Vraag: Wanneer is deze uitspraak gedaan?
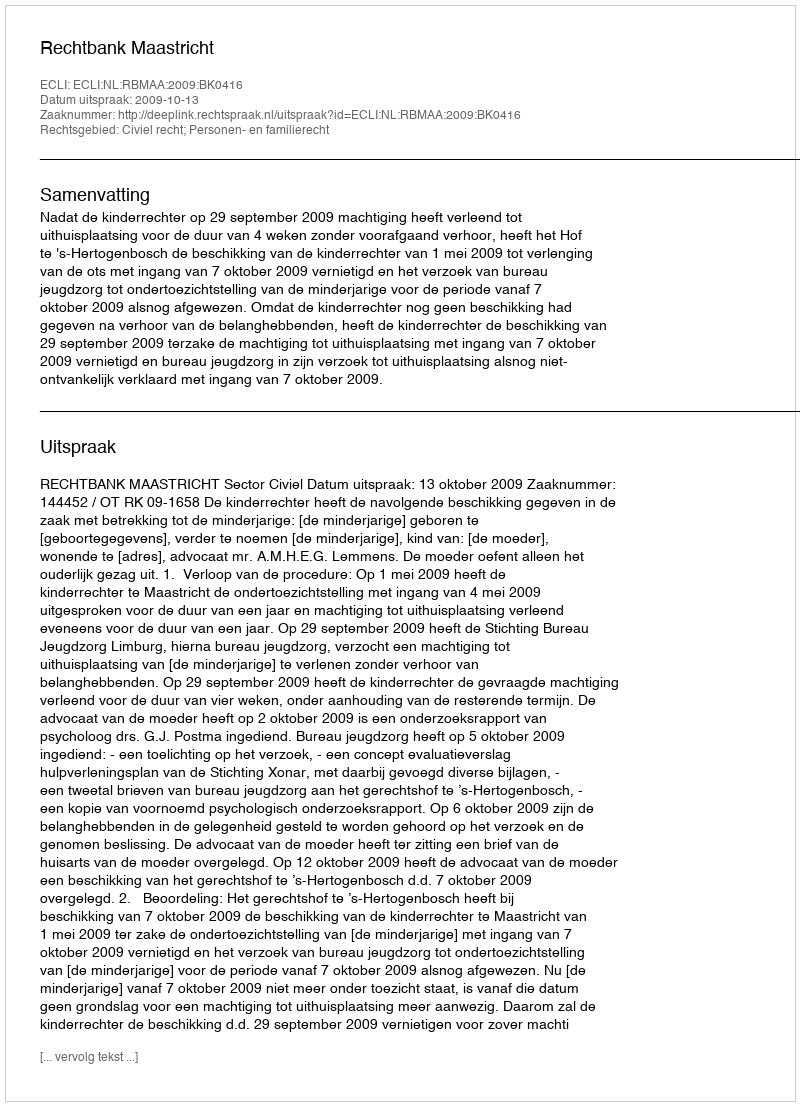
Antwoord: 2009-10-13